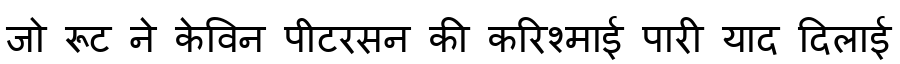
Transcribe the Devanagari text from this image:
जो रूट ने केविन पीटरसन की करिश्माई पारी याद दिलाई